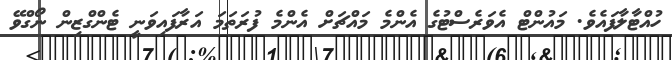
ހުއްޓާލާފައެވެ. މައުންޓް އެވަރެސްޓުގެ އެންމެ މައްޗަށް އެންމެ ފުރަތަމަ އަރާފައިވަނީ ޓެންގްޒިން ނޯގްވޭ